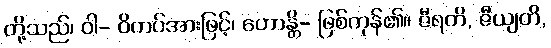
တို့သည်၊ ဝါ- ဝိကပ်အားဖြင့်၊ ဟောန္တိ- ဖြစ်ကုန်၏။ ဇီရတိ, ဇီယျတိ,